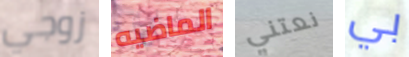
زوجي الماضيه نعتني بي